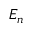
E _ { n }